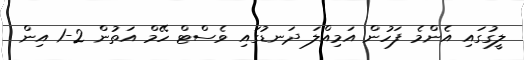
ލީގުގައި އެންމެ ފަހުން އަމިއްލަ ދަނޑުގައި ވެސްޓް ހޭމް އަތުން 2-1 އިން